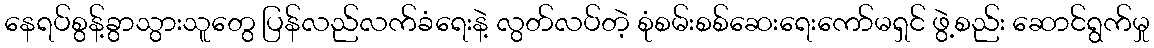
နေရပ်စွန့်ခွာသွားသူတွေ ပြန်လည်လက်ခံရေးနဲ့ လွတ်လပ်တဲ့ စုံစမ်းစစ်ဆေးရေးကော်မရှင် ဖွဲ့စည်း ဆောင်ရွက်မှု